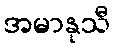
အမာနုသီ